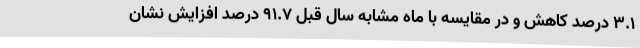
۳.۱ درصد کاهش و در مقایسه با ماه مشابه سال قبل ۹۱.۷ درصد افزایش نشان